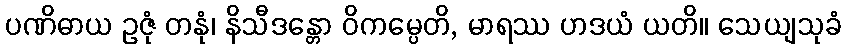
ပဏိဓာယ ဥဇုံ တနုံ၊ နိသီဒန္တော ဝိကမ္ပေတိ, မာရဿ ဟဒယံ ယတိ။ သေယျသုခံ